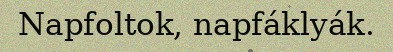
Napfoltok, napfáklyák.